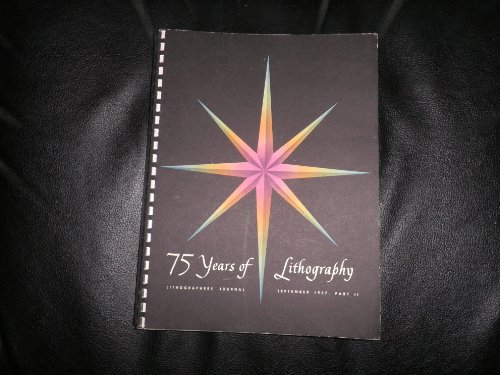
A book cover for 75 Years of Lithography, Lithographer's Journal September 1957, Part II, 1882-1957; Patricia. DONNELLY; Arts & Photography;